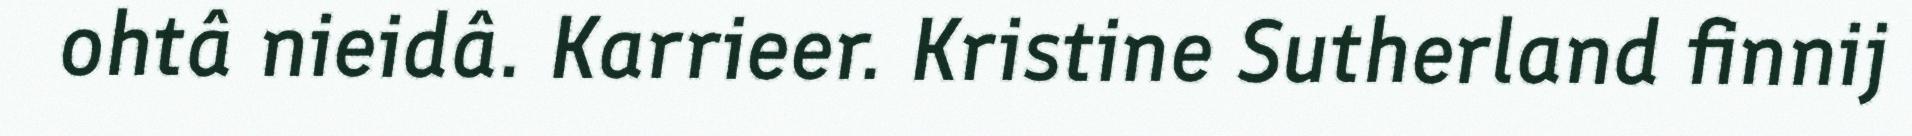
ohtâ nieidâ. Karrieer. Kristine Sutherland finnij